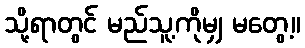
သို့ရာတွင် မည်သူ့ကိုမျှ မတွေ့။